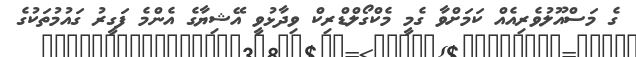
ގެ މަސްއޫލުވެރިއެއް ކަމަށްވާ ގެމީ މެކްގޯލްޑްރިކް ވިދާޅުވީ އޭޝިޔާގެ އެންމެ ފަގީރު ގައުމުތަކުގެ